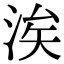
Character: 涘